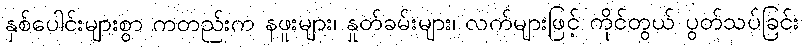
နှစ်ပေါင်းများစွာ ကတည်းက နဖူးများ၊ နှုတ်ခမ်းများ၊ လက်များဖြင့် ကိုင်တွယ် ပွတ်သပ်ခြင်း